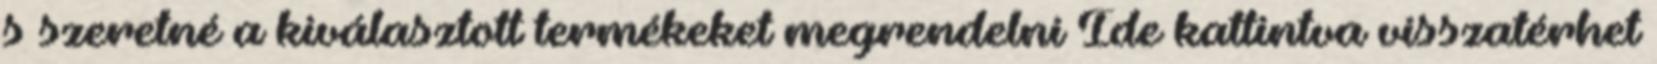
s szeretné a kiválasztott termékeket megrendelni Ide kattintva visszatérhet